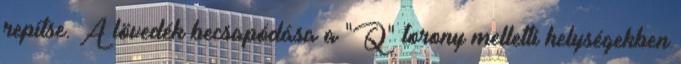
repítse. A lövedék becsapódása a "Q" torony melletti helységekben